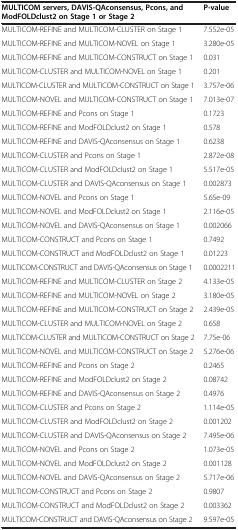
<table><thead><tr><td><b>MULTICOM servers, DAVIS-QAconsensus, Pcons, and ModFOLDclust2 on Stage 1 or Stage 2</b></td><td><b>P-value</b></td></tr></thead><tbody><tr><td>MULTICOM-REFINE and MULTICOM-CLUSTER on Stage 1</td><td>7.552e-05</td></tr><tr><td>MULTICOM-REFINE and MULTICOM-NOVEL on Stage 1</td><td>3.280e-05</td></tr><tr><td>MULTICOM-REFINE and MULTICOM-CONSTRUCT on Stage 1</td><td>0.031</td></tr><tr><td>MULTICOM-CLUSTER and MULTICOM-NOVEL on Stage 1</td><td>0.201</td></tr><tr><td>MULTICOM-CLUSTER and MULTICOM-CONSTRUCT on Stage 1</td><td>3.757e-06</td></tr><tr><td>MULTICOM-NOVEL and MULTICOM-CONSTRUCT on Stage 1</td><td>7.013e-07</td></tr><tr><td>MULTICOM-REFINE and Pcons on Stage 1</td><td>0.1723</td></tr><tr><td>MULTICOM-REFINE and ModFOLDclust2 on Stage 1</td><td>0.578</td></tr><tr><td>MULTICOM-REFINE and DAVIS-QAconsensus on Stage 1</td><td>0.6238</td></tr><tr><td>MULTICOM-CLUSTER and Pcons on Stage 1</td><td>2.872e-08</td></tr><tr><td>MULTICOM-CLUSTER and ModFOLDclust2 on Stage 1</td><td>5.517e-05</td></tr><tr><td>MULTICOM-CLUSTER and DAVIS-QAconsensus on Stage 1</td><td>0.002873</td></tr><tr><td>MULTICOM-NOVEL and Pcons on Stage 1</td><td>5.65e-09</td></tr><tr><td>MULTICOM-NOVEL and ModFOLDclust2 on Stage 1</td><td>2.116e-05</td></tr><tr><td>MULTICOM-NOVEL and DAVIS-QAconsensus on Stage 1</td><td>0.002066</td></tr><tr><td>MULTICOM-CONSTRUCT and Pcons on Stage 1</td><td>0.7492</td></tr><tr><td>MULTICOM-CONSTRUCT and ModFOLDclust2 on Stage 1</td><td>0.01223</td></tr><tr><td>MULTICOM-CONSTRUCT and DAVIS-QAconsensus on Stage 1</td><td>0.0002211</td></tr><tr><td>MULTICOM-REFINE and MULTICOM-CLUSTER on Stage 2</td><td>4.133e-05</td></tr><tr><td>MULTICOM-REFINE and MULTICOM-NOVEL on Stage 2</td><td>3.180e-05</td></tr><tr><td>MULTICOM-REFINE and MULTICOM-CONSTRUCT on Stage 2</td><td>2.439e-05</td></tr><tr><td>MULTICOM-CLUSTER and MULTICOM-NOVEL on Stage 2</td><td>0.658</td></tr><tr><td>MULTICOM-CLUSTER and MULTICOM-CONSTRUCT on Stage 2</td><td>7.75e-06</td></tr><tr><td>MULTICOM-NOVEL and MULTICOM-CONSTRUCT on Stage 2</td><td>5.276e-06</td></tr><tr><td>MULTICOM-REFINE and Pcons on Stage 2</td><td>0.2465</td></tr><tr><td>MULTICOM-REFINE and ModFOLDclust2 on Stage 2</td><td>0.08742</td></tr><tr><td>MULTICOM-REFINE and DAVIS-QAconsensus on Stage 2</td><td>0.4976</td></tr><tr><td>MULTICOM-CLUSTER and Pcons on Stage 2</td><td>1.114e-05</td></tr><tr><td>MULTICOM-CLUSTER and ModFOLDclust2 on Stage 2</td><td>0.001202</td></tr><tr><td>MULTICOM-CLUSTER and DAVIS-QAconsensus on Stage 2</td><td>7.495e-06</td></tr><tr><td>MULTICOM-NOVEL and Pcons on Stage 2</td><td>1.073e-05</td></tr><tr><td>MULTICOM-NOVEL and ModFOLDclust2 on Stage 2</td><td>0.001128</td></tr><tr><td>MULTICOM-NOVEL and DAVIS-QAconsensus on Stage 2</td><td>5.717e-06</td></tr><tr><td>MULTICOM-CONSTRUCT and Pcons on Stage 2</td><td>0.9807</td></tr><tr><td>MULTICOM-CONSTRUCT and ModFOLDclust2 on Stage 2</td><td>0.003362</td></tr><tr><td>MULTICOM-CONSTRUCT and DAVIS-QAconsensus on Stage 2</td><td>9.597e-05</td></tr></tbody></table>